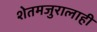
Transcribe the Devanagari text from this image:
शेतमजुरालाही